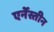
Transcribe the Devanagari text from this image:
एर्नेस्तीन